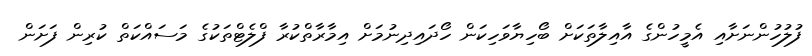
ފުލުހުންނަށާއި އެމީހުންގެ އާއިލާތަކަށް ބޯހިޔާވަހިކަން ހޯދައިދިނުމަށް އިމާރާތްކުރާ ފްލެޓްތަކުގެ މަސައްކަތް ކުރިން ފަށަން